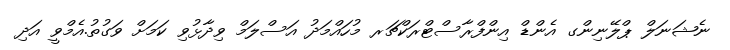
ނެޝަނަލް ޕްލޭނިންގ އެންޑް އިންފްރާސްޓްރަކްޗަރ މުހައްމަދު އަސްލަމް ވިދާޅުވި ކަމަށް ވަގުތު.އެމްވީ އަދި